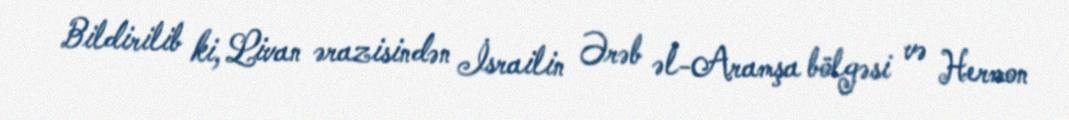
Bildirilib ki, Livan ərazisindən İsrailin Ərəb əl-Aramşa bölgəsi və Hermon